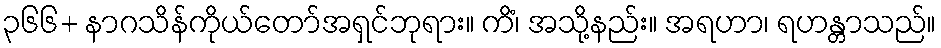
၃၆၆+ နာဂသိန်ကိုယ်တော်အရှင်ဘုရား။ ကိံ၊ အသို့နည်း။ အရဟာ၊ ရဟန္တာသည်။